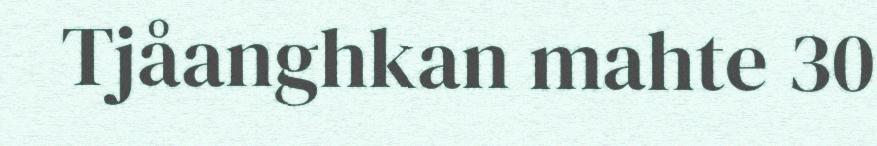
Tjåanghkan mahte 30